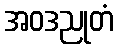
အဝဒညုတံ